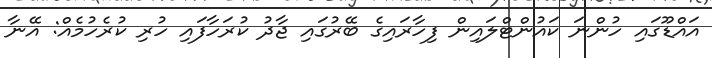
އައްޑޫގައި ހުންނަ ކައުންޓްލައިން ފިހާރައިގެ ބޭރުގައި ޖާދު ކުރަހާފައި ހުރި ކުރެހުމެއް: އޭނާ